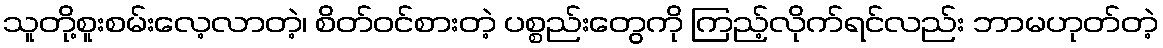
သူတို့စူးစမ်းလေ့လာတဲ့၊ စိတ်ဝင်စားတဲ့ ပစ္စည်းတွေကို ကြည့်လိုက်ရင်လည်း ဘာမဟုတ်တဲ့